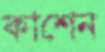
কাশেন